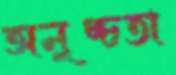
অনুচ্চতা